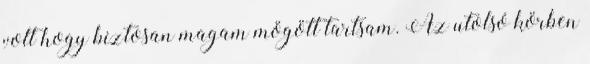
volt hogy biztosan magam mögött tartsam. Az utolsó körben